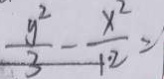
\frac { y ^ { 2 } } { 3 } - \frac { x ^ { 2 } } { 1 . 2 } =